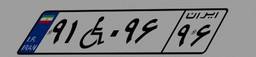
۹۱W۰۹۶۹۶